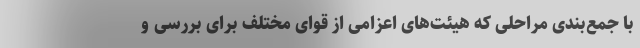
با جمع‌بندی مراحلی که هیئت‌های اعزامی از قوای مختلف برای بررسی و